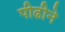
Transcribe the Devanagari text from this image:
पीढीने